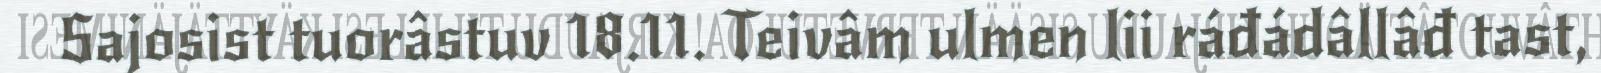
Sajosist tuorâstuv 18.11. Teivâm ulmen lii ráđádâllâđ tast,